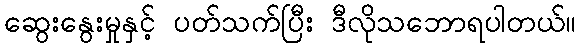
ဆွေးနွေးမှုနှင့် ပတ်သက်ပြီး ဒီလိုသဘောရပါတယ်။